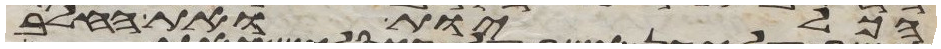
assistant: הכליות ואת החלב